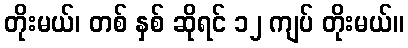
တိုးမယ်၊ တစ် နှစ် ဆိုရင် ၁၂ ကျပ် တိုးမယ်။